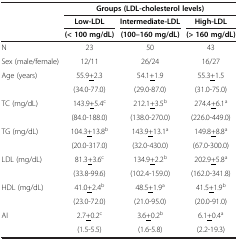
<table><thead><tr><td><b> </b></td><td colspan="3"><b>Groups (LDL-cholesterol levels)</b></td></tr><tr><td><b> </b></td><td><b>Low-LDL</b></td><td><b>Intermediate-LDL</b></td><td><b>High-LDL</b></td></tr><tr><td><b> </b></td><td><b>(&lt; 100 mg/dL)</b></td><td><b>(100–160 mg/dL)</b></td><td><b>(&gt; 160 mg/dL)</b></td></tr></thead><tbody><tr><td>N</td><td>23</td><td>50</td><td>43</td></tr><tr><td>Sex (male/female)</td><td>12/11</td><td>26/24</td><td>16/27</td></tr><tr><td>Age (years)</td><td>55.9<underline>+</underline>2.3</td><td>54.1<underline>+</underline>1.9</td><td>55.3<underline>+</underline>1.5</td></tr><tr><td> </td><td>(34.0-77.0)</td><td>(29.0-87.0)</td><td>(31.0-75.0)</td></tr><tr><td>TC (mg/dL)</td><td>143.9<underline>+</underline>5.4<sup>c</sup></td><td>212.1<underline>+</underline>3.5<sup>b</sup></td><td>274.4<underline>+</underline>6.1<sup>a</sup></td></tr><tr><td> </td><td>(84.0-188.0)</td><td>(138.0-270.0)</td><td>(226.0-449.0)</td></tr><tr><td>TG (mg/dL)</td><td>104.3<underline>+</underline>13.8<sup>b</sup></td><td>143.9<underline>+</underline>13.1<sup>a</sup></td><td>149.8<underline>+</underline>8.8<sup>a</sup></td></tr><tr><td> </td><td>(20.0-317.0)</td><td>(32.0-430.0)</td><td>(67.0-300.0)</td></tr><tr><td>LDL (mg/dL)</td><td>81.3<underline>+</underline>3.6<sup>c</sup></td><td>134.9<underline>+</underline>2.2<sup>b</sup></td><td>202.9<underline>+</underline>5.8<sup>a</sup></td></tr><tr><td> </td><td>(33.8-99.6)</td><td>(102.4-159.0)</td><td>(162.0-341.8)</td></tr><tr><td>HDL (mg/dL)</td><td>41.0<underline>+</underline>2.4<sup>b</sup></td><td>48.5<underline>+</underline>1.9<sup>a</sup></td><td>41.5<underline>+</underline>1.9<sup>b</sup></td></tr><tr><td> </td><td>(23.0-72.0)</td><td>(21.0-95.0)</td><td>(20.0-91.0)</td></tr><tr><td>AI</td><td>2.7<underline>+</underline>0.2<sup>c</sup></td><td>3.6<underline>+</underline>0.2<sup>b</sup></td><td>6.1<underline>+</underline>0.4<sup>a</sup></td></tr><tr><td> </td><td>(1.5-5.5)</td><td>(1.6-5.8)</td><td>(2.2-19.3)</td></tr></tbody></table>